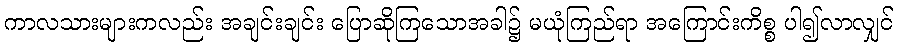
ကာလသားများကလည်း အချင်းချင်း ပြောဆိုကြသောအခါ၌ မယုံကြည်ရာ အကြောင်းကိစ္စ ပါ၍လာလျှင်